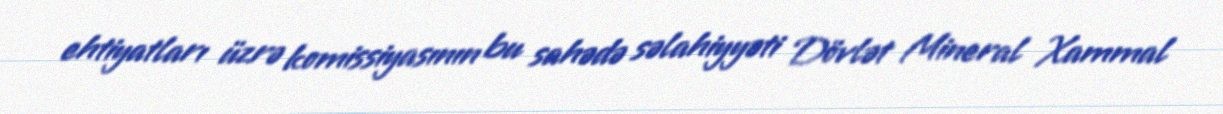
ehtiyatları üzrə komissiyasının bu sahədə səlahiyyəti Dövlət Mineral Xammal